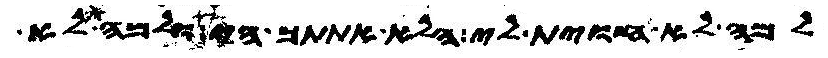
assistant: למה לא חוית לי הלא אתתך הי ולמה לא